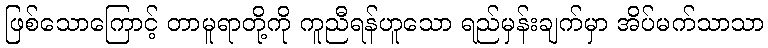
ဖြစ်သောကြောင့် တာမူရာတို့ကို ကူညီရန်ဟူသော ရည်မှန်းချက်မှာ အိပ်မက်သာသာ